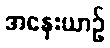
အနှေးယာဉ်